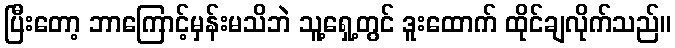
ပြီးတော့ ဘာကြောင့်မှန်းမသိဘဲ သူ့ရှေ့တွင် ဒူးထောက် ထိုင်ချလိုက်သည်။